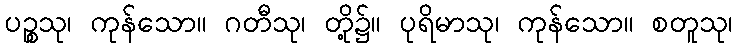
ပဉ္စသု၊ ကုန်သော။ ဂတီသု၊ တို့၌။ ပုရိမာသု၊ ကုန်သော။ စတူသု၊